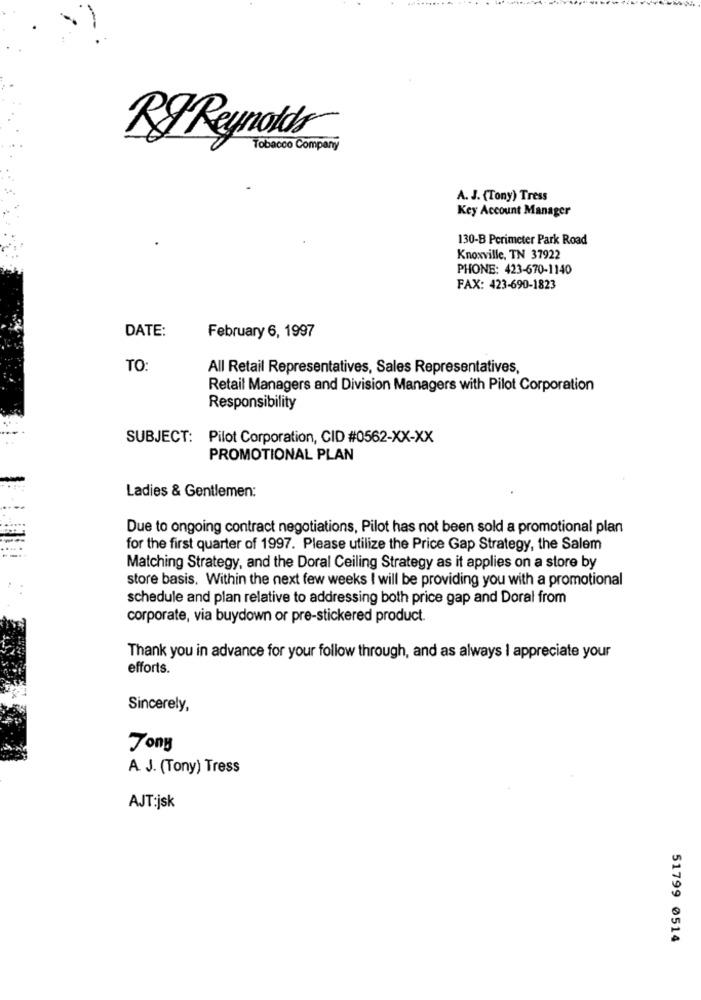
RJ Reynolds
Tobacco Company
A. J. (Tony) Tress
Key Account Manager
130-B Perimeter Park Road
Knoxville, TN 37922
PHONE: 423-670-1140
FAX: 423-690-1823
DATE:
February 6, 1997
TO:
All Retail Representatives, Sales Representatives,
Retail Managers and Division Managers with Pilot Corporation
Responsibility
SUBJECT: Pilot Corporation, CID #0562-XX-XX
PROMOTIONAL PLAN
Ladies & Gentlemen:
Due to ongoing contract negotiations, Pilot has not been sold a promotional plan
for the first quarter of 1997. Please utilize the Price Gap Strategy, the Salem
Matching Strategy, and the Doral Ceiling Strategy as it applies on a store by
store basis. Within the next few weeks I will be providing you with a promotional
schedule and plan relative to addressing both price gap and Doral from
corporate, via buydown or pre-stickered product.
Thank you in advance for your follow through, and as always I appreciate your
efforts.
Sincerely,
Tony
A. J. (Tony) Tress
AJT:jsk
51799 0514